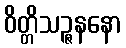
ဝိတ္တိသဉ္ဇနနော